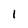
Character: l